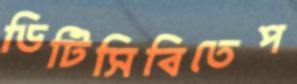
ডিটিসিবিতেপ